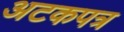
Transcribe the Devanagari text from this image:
अटकपत्र